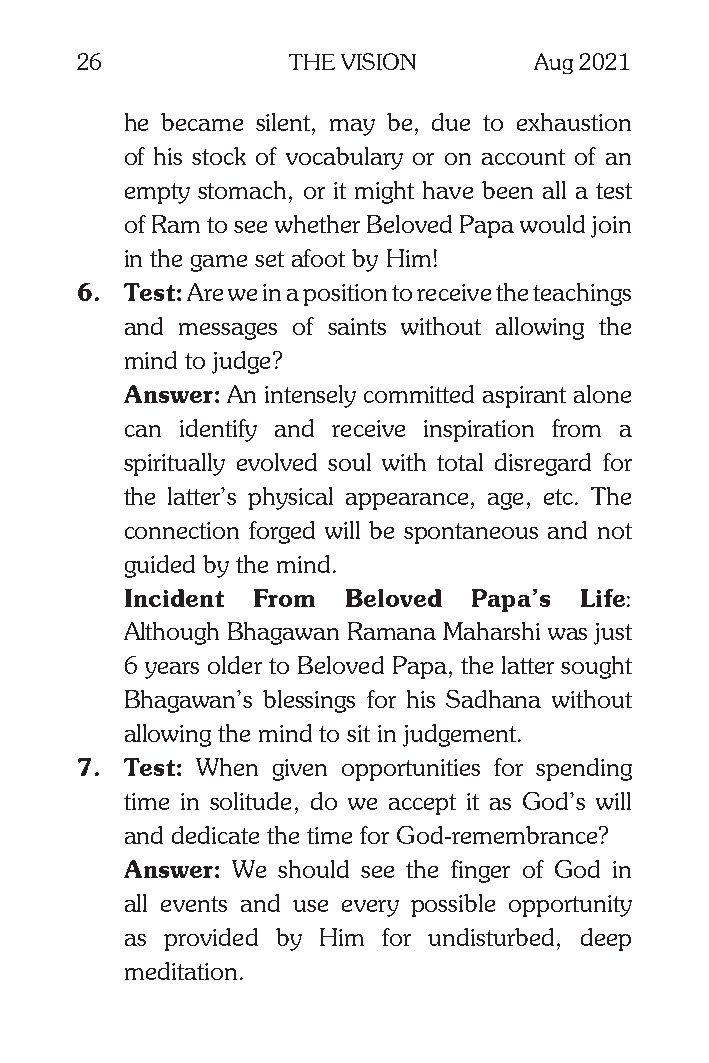
26            THE VISION      Aug 2021
 he became silent, may be, due to exhaustion
 of his stock of vocabulary or on account of an
 empty stomach, or it might have been all a test
 of Ram to see whether Beloved Papa would join
 in the game set afoot by Him!
 6. Test: Are we in a position to receive the teachings
 and messages of saints without allowing the
 mind to judge?
 Answer: An intensely committed aspirant alone
 can identify and receive inspiration from a
 spiritually evolved soul with total disregard for
 the latter’s physical appearance, age, etc. The
 connection forged will be spontaneous and not
 guided by the mind.
 Incident From  Beloved Papa’s Life:
 Although Bhagawan Ramana Maharshi was just
 6 years older to Beloved Papa, the latter sought
 Bhagawan’s blessings for his Sadhana without
 allowing the mind to sit in judgement.
 7. Test: When given opportunities for spending
 time in solitude, do we accept it as God’s will
 and dedicate the time for God-remembrance?
 Answer: We should see the finger of God in
 all events and use every possible opportunity
 as provided by Him for undisturbed, deep
 meditation.